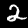
Label: 2